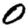
Digit: 0